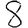
Digit: 8